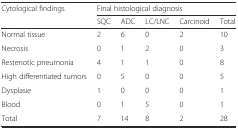
| <ROWSPAN=2> Cytological findings | <COLSPAN=5> Final histological diagnosis |
 | SQC | ADC | LC/LNC | Carcinoid | Total |
 | --- | --- | --- | --- | --- | --- |
 | Normal tissue | 2 | 6 | 0 | 2 | 10 |
 | Necrosis | 0 | 1 | 2 | 0 | 3 |
 | Restenotic pneumonia | 4 | 1 | 1 | 0 | 8 |
 | High differentiated tumors | 0 | 5 | 0 | 0 | 5 |
 | Dysplasie | 1 | 0 | 0 | 0 | 1 |
 | Blood | 0 | 1 | 5 | 0 | 1 |
 | Total | 7 | 14 | 8 | 2 | 28 |